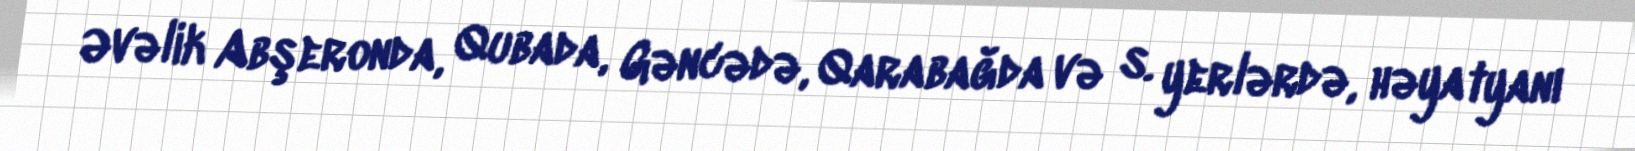
Əvəlik Abşeronda, Qubada, Gəncədə, Qarabağda və s. yerlərdə, həyatyanı